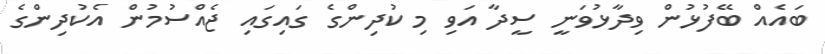
ބައެއް ބޭފުޅުން ވިދާޅުވަނީ ސީދާ އަވި މި ކުދިންގެ ގައިގައި ޖެއްސުމުން އެކުދިންގެ